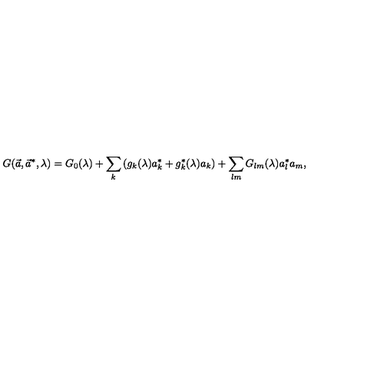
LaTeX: G ( \vec { a } , \vec { a } ^ { * } , \lambda ) = G _ { 0 } ( \lambda ) + \sum _ { k } \left( g _ { k } ( \lambda ) a _ { k } ^ { * } + g _ { k } ^ { * } ( \lambda ) a _ { k } \right) + \sum _ { l m } G _ { l m } ( \lambda ) a _ { l } ^ { * } a _ { m } ,